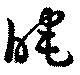
暗